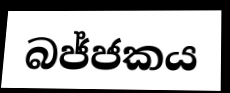
බජ්ජකය